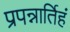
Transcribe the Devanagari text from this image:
प्रपन्नार्तिहं